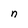
Character: n